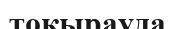
тоқырауда